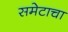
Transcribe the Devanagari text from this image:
समेटाचा